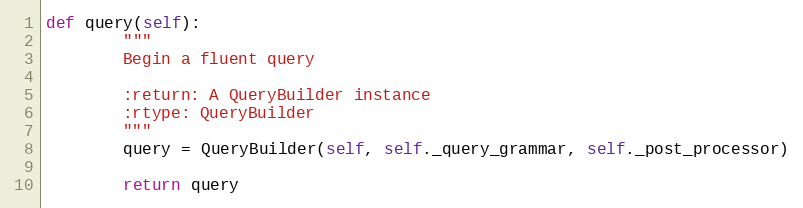
Language: Python
def query(self):
        """
        Begin a fluent query

        :return: A QueryBuilder instance
        :rtype: QueryBuilder
        """
        query = QueryBuilder(self, self._query_grammar, self._post_processor)

        return query